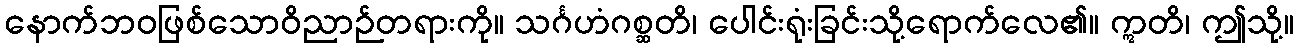
နောက်ဘဝဖြစ်သောဝိညာဉ်တရားကို။ သင်္ဂဟံဂစ္ဆတိ၊ ပေါင်းရုံးခြင်းသို့ရောက်လေ၏။ ဣတိ၊ ဤသို့။